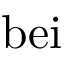
\mathrm { b e i }